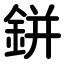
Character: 鉼